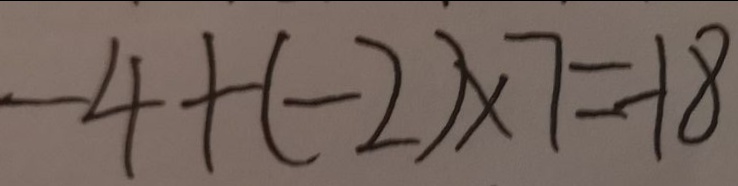
- 4 + ( - 2 ) \times 7 = - 1 8